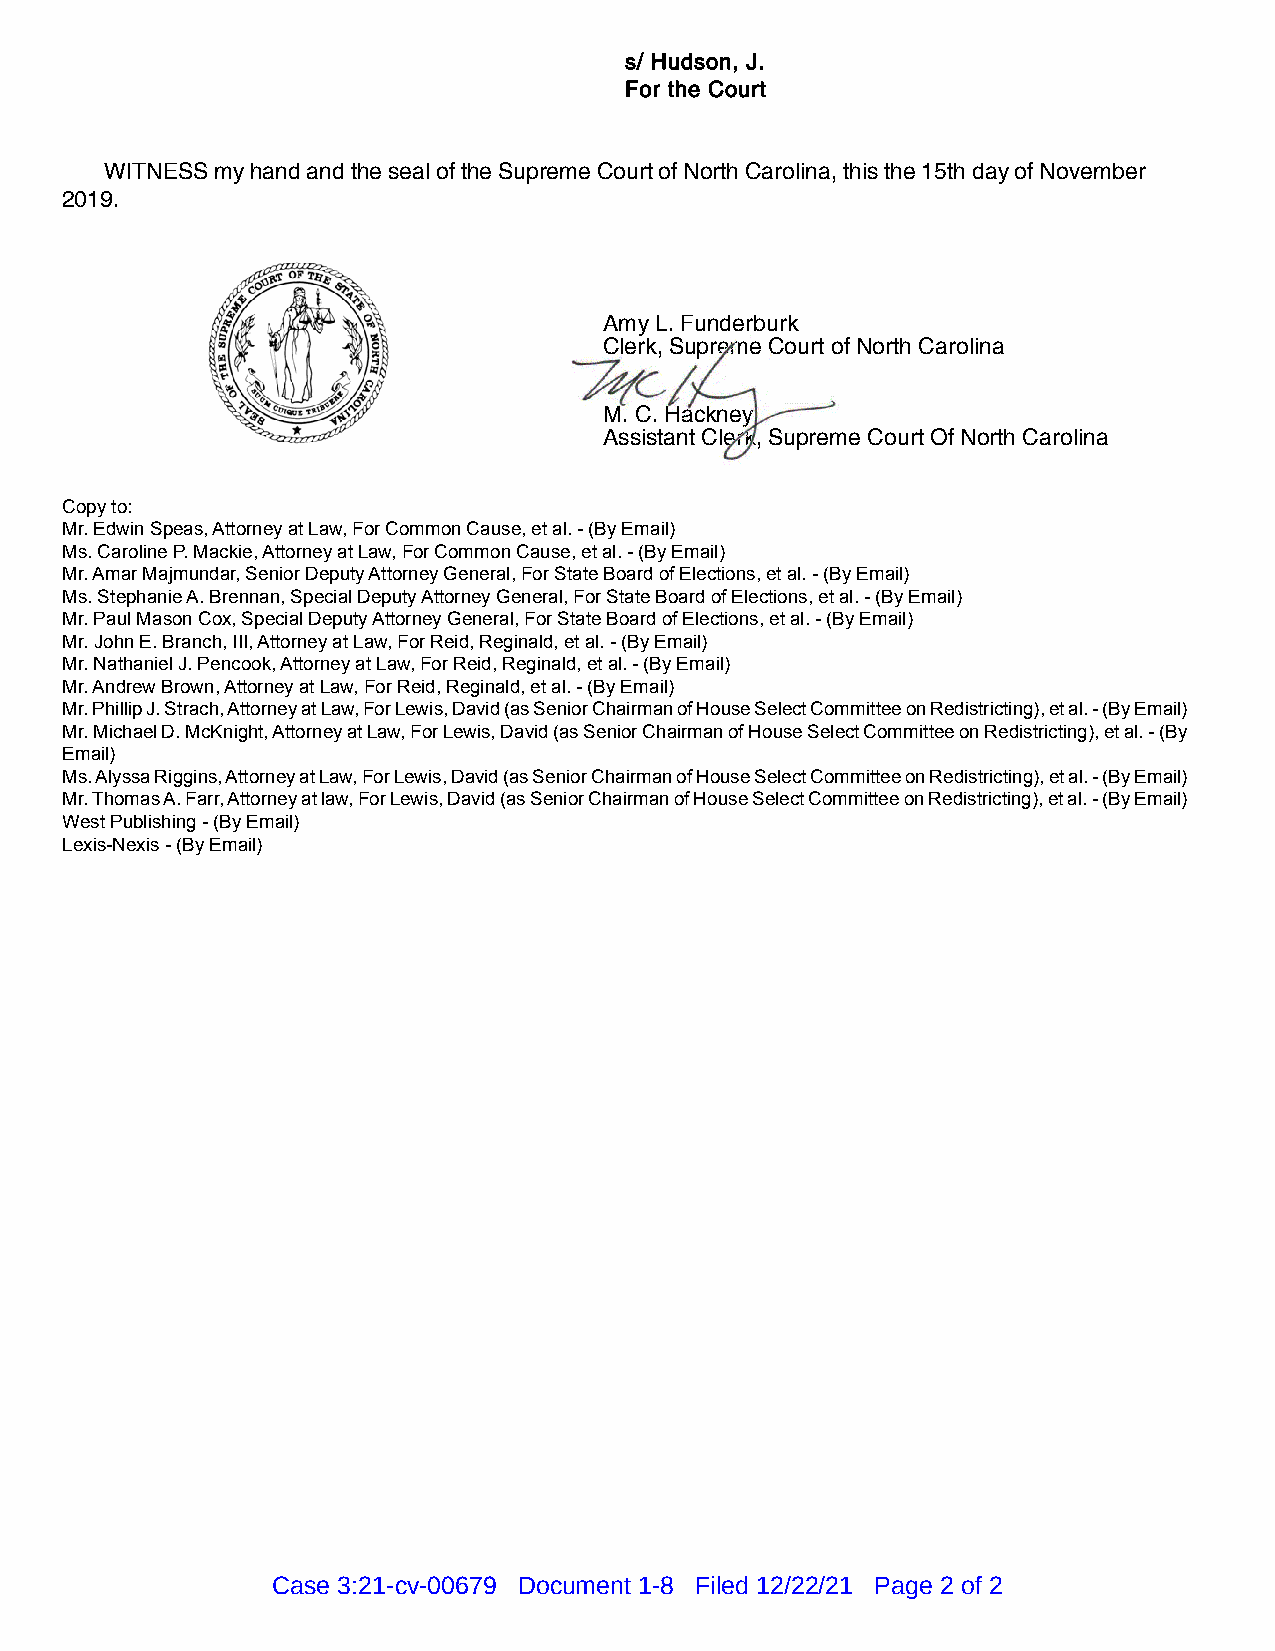
s/ Hudson, J.
 For the Court
 WITNESS my hand and the seal of the Supreme Court of North Carolina, this the 15th day of November
 2019.
 Amy L. Funderburk
 Clerk, Supreme Court of North Carolina
 M. C. Hackney
 Assistant Clerk, Supreme Court Of North Carolina
 Copy to:
 Mr. Edwin Speas, Attorney at Law, For Common Cause, et al. - (By Email)
 Ms. Caroline P. Mackie, Attorney at Law, For Common Cause, et al. - (By Email)
 Mr. Amar Majmundar, Senior Deputy Attorney General, For State Board of Elections, et al. - (By Email)
 Ms. Stephanie A. Brennan, Special Deputy Attorney General, For State Board of Elections, et al. - (By Email)
 Mr. Paul Mason Cox, Special Deputy Attorney General, For State Board of Elections, et al. - (By Email)
 Mr. John E. Branch, III, Attorney at Law, For Reid, Reginald, et al. - (By Email)
 Mr. Nathaniel J. Pencook, Attorney at Law, For Reid, Reginald, et al. - (By Email)
 Mr. Andrew Brown, Attorney at Law, For Reid, Reginald, et al. - (By Email)
 Mr. Phillip J. Strach, Attorney at Law, For Lewis, David (as Senior Chairman of House Select Committee on Redistricting), et al. - (By Email)
 Mr. Michael D. McKnight, Attorney at Law, For Lewis, David (as Senior Chairman of House Select Committee on Redistricting), et al. - (By
 Email)
 Ms. Alyssa Riggins, Attorney at Law, For Lewis, David (as Senior Chairman of House Select Committee on Redistricting), et al. - (By Email)
 Mr. Thomas A. Farr, Attorney at law, For Lewis, David (as Senior Chairman of House Select Committee on Redistricting), et al. - (By Email)
 West Publishing - (By Email)
 Lexis-Nexis - (By Email)
 Case 3:21-cv-00679 Document 1-8 Filed 12/22/21 Page 2 of 2